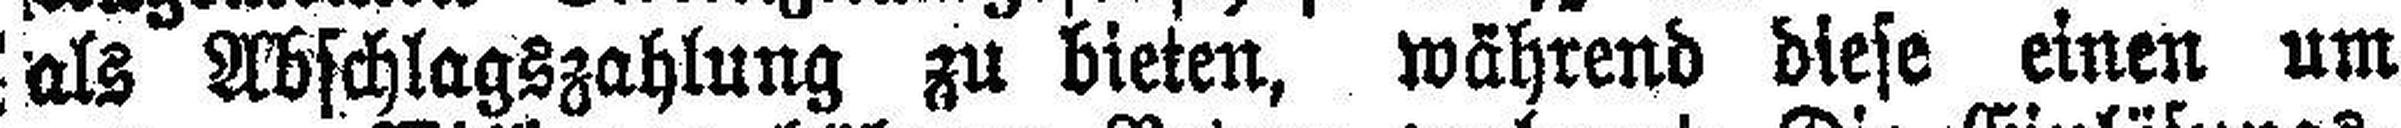
als Abschlagszahlung zu bieten, während diese einen um